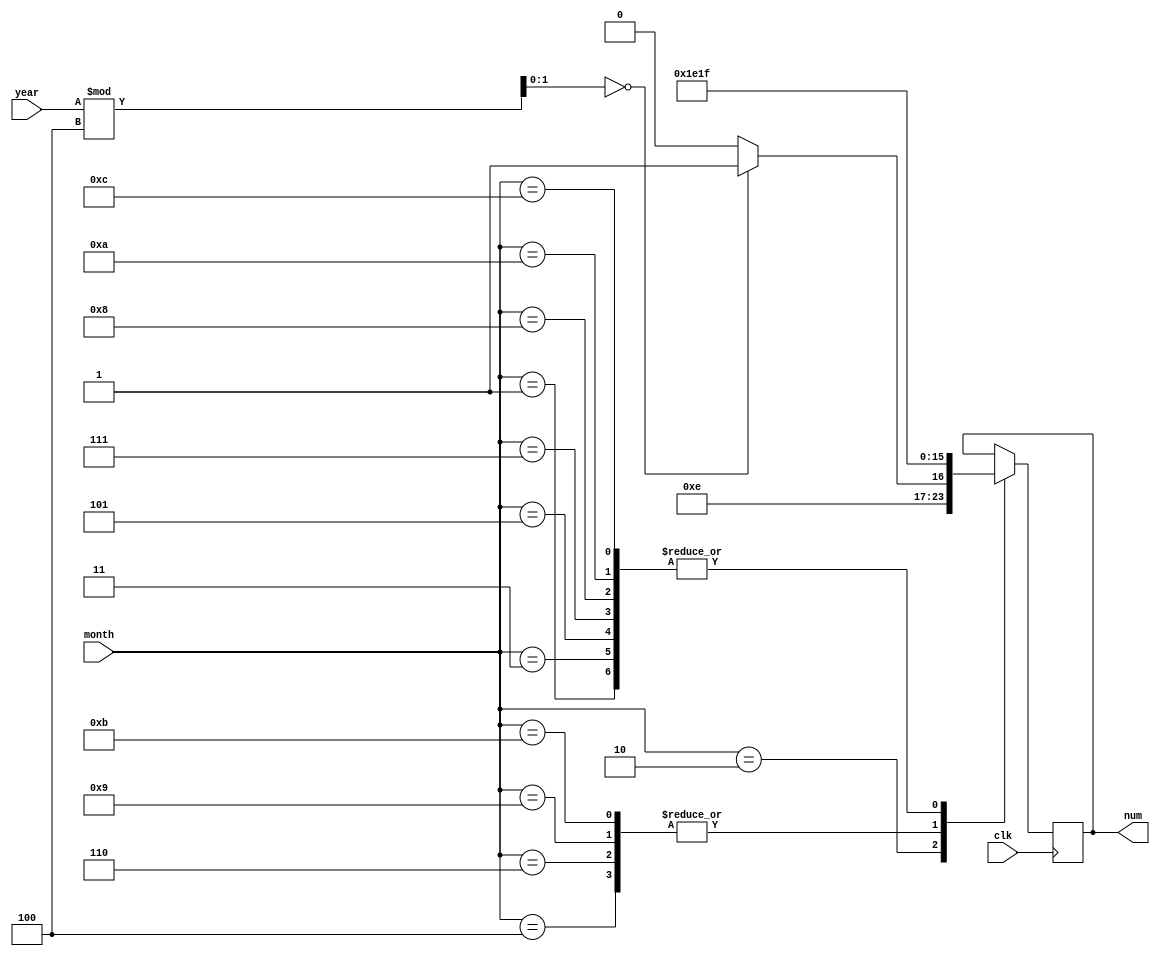
`timescale 1ns / 1ps
//////////////////////////////////////////////////////////////////////////////////
// Company: 
// Engineer: 
// 
// Design Name: 
// Module Name: days_per_month
// Project Name: 
// Target Devices: 
// Tool Versions: 
// Description: 
// 
// Dependencies: 
// 
// Revision:
// Revision 0.01 - File Created
// Additional Comments:
// 
//////////////////////////////////////////////////////////////////////////////////


module days_per_month(
    input clk,
    input [7:0] month,    //1-12
    input [7:0] year,    //0-99
    output reg [7:0] num       //1-31
    );
    reg[1:0] remainder;
    always@(posedge clk)
        begin
            case(month)
                8'd1: num=8'd31;
                8'd2:
                    begin
                        remainder = year%8'd4;
                        if(remainder == 8'd0)   //
                            num=8'd29;
                        else
                            num=8'd28;
                    end
                8'd3: num=8'd31;
                8'd4: num=8'd30;
                8'd5: num=8'd31;
                8'd6: num=8'd30;
                8'd7: num=8'd31;
                8'd8: num=8'd31;
                8'd9: num=8'd30;
                8'd10:num=8'd31;
                8'd11:num=8'd30;
                8'd12:num=8'd31;
                default: begin end
            endcase
        end
endmodule